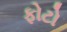
ફોટો